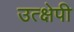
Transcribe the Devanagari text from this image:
उत्क्षेपी